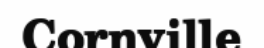
Cornville